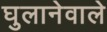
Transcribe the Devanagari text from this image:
घुलानेवाले